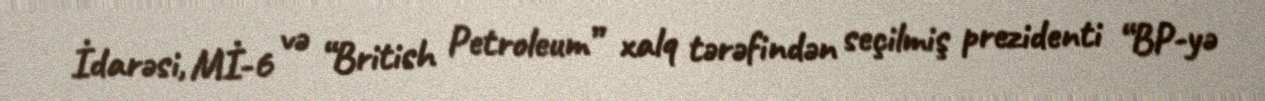
İdarəsi, Mİ-6 və “British Petroleum” xalq tərəfindən seçilmiş prezidenti “BP-yə